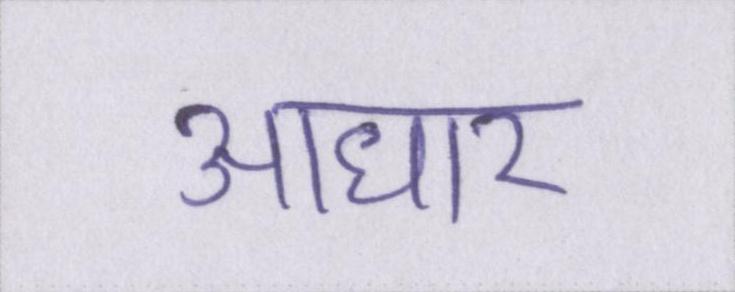
आधार